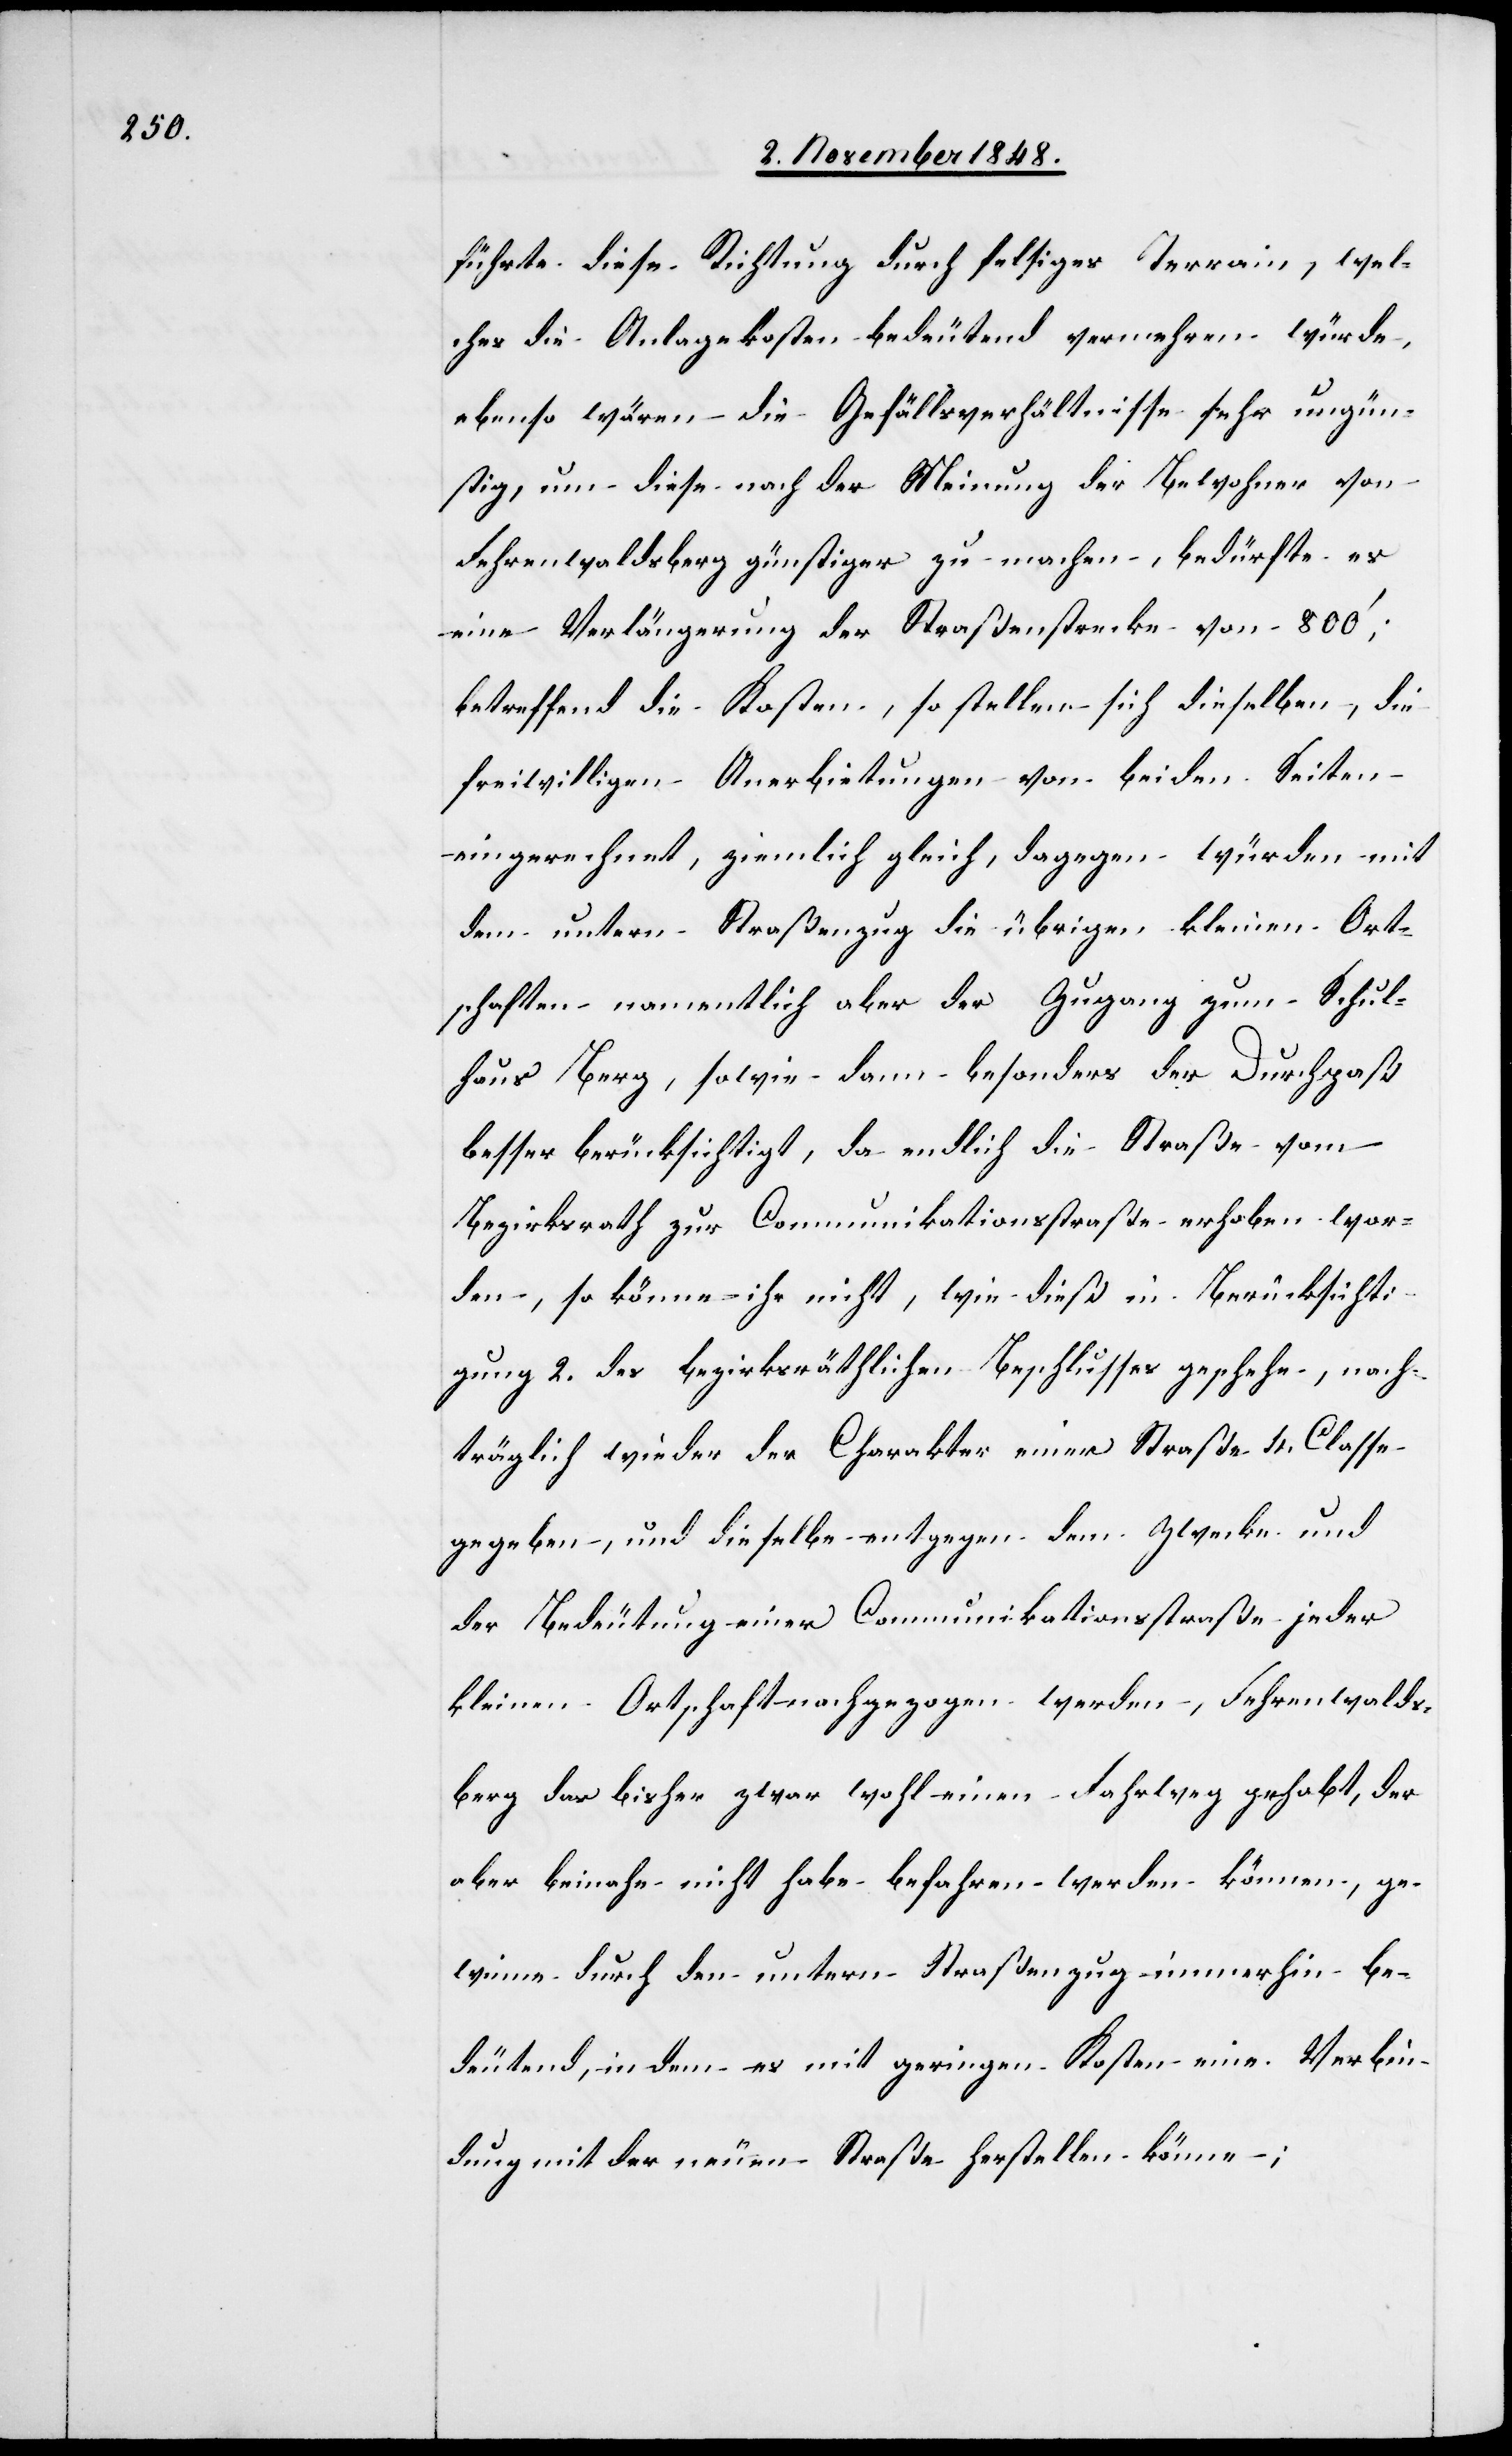
führte diese Richtung durch felsiges Terrain, wel¬
ches die Anlagekosten bedeutend vermehren würde,
ebenso wären die Gefällsverhältnisse sehr ungün¬
stig, um diese nach der Meinung der Bewohner von
Fehrenwaldsberg günstiger zu machen, bedürfe es
eine Verlängerung der Straßenstrecke von 800’,
betreffend die Kosten, so stellen sich dieselben, die
freiwilligen Anerbietungen von beiden Seiten
eingerechnet, ziemlich gleich, dagegen würden mit
dem untern Straßenzug die übrigen kleinen Ort¬
schaften namentlich aber der Zugang zum Schul¬
haus Berg, sowie dann besonders der Durchpaß
besser berücksichtigt, da endlich die Straße vom
Bezirksrath zur Communikationsstraße erhoben wor¬
den, so könne ihr nicht, wie dieß in Berücksichti¬
gung 2. des bezirksräthlichen Beschlusses geschehe, nach¬
träglich wieder der Charakter einer Straße 4. Classe
gegeben, und dieselbe entgegen dem Zwecke und
der Bedeutung einer Communikationsstraße jeder
kleinen Ortschaft nachgezogen werden, Fehrenwalds¬
berg das bisher zwar wohl einen Fahrweg gehabt, der
aber beinahe nicht habe befahren werden können, ge¬
winne durch den untern Straßenzug immerhin be¬
deutend, in dem es mit geringen Kosten eine Verbin¬
dung mit der neuen Straße herstellen könne;